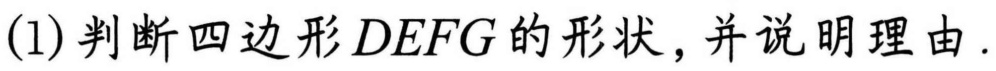
(1)判断四边形\(DEFG\)的形状，并说明理由.